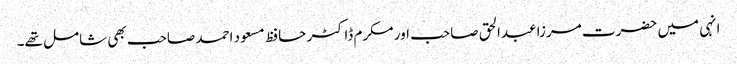
انہی میں حضرت مرزا عبدالحق صاحب اور مکرم ڈاکٹر حافظ مسعود احمد صاحب بھی شامل تھے۔